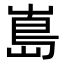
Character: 𭗃